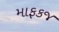
માફકજ